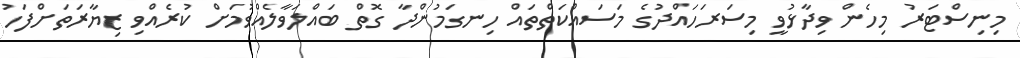
މިނިސްޓަރު މިހެން ވިދާޅުވީ މިސަރަހައްދުގެ މަސައްކަތްތައް ހިނގަމުންދާ ގޮތް ބައްލަވާލެއްވުމަށް ކުރެއްވި ޒިޔާރަތަށްފަހު